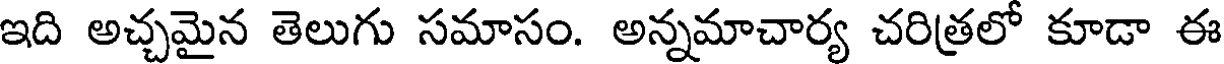
ఇది అచ్చమైన తెలుగు సమాసం. అన్నమాచార్య చరిత్రలో కూడా ఈ